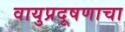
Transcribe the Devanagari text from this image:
वायुप्रदूषणाचा